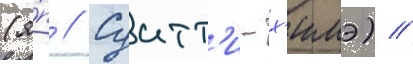
(я́п // Суитт'и-х'имэ) //